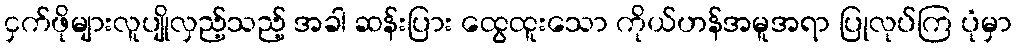
ငှက်ဖိုများလူပျိုလှည့်သည့် အခါ ဆန်းပြား ထွေထူးသော ကိုယ်ဟန်အမူအရာ ပြုလုပ်ကြ ပုံမှာ